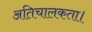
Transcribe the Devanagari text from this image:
अतिचालकता।